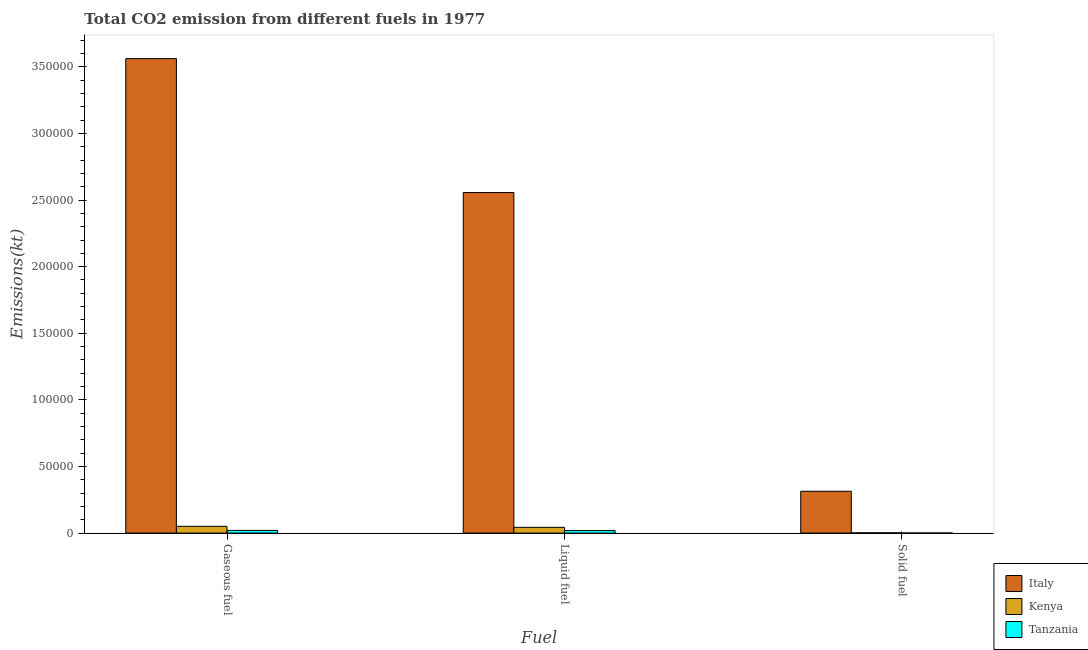
| Fuel | Italy | Kenya | Tanzania |
 | --- | --- | --- | --- |
 | Gaseous fuel | 3.56e+05 | 5.06e+03 | 2.01e+03 |
 | Liquid fuel | 2.56e+05 | 4.32e+03 | 1.87e+03 |
 | Solid fuel | 3.14e+04 | 169 | 11 |